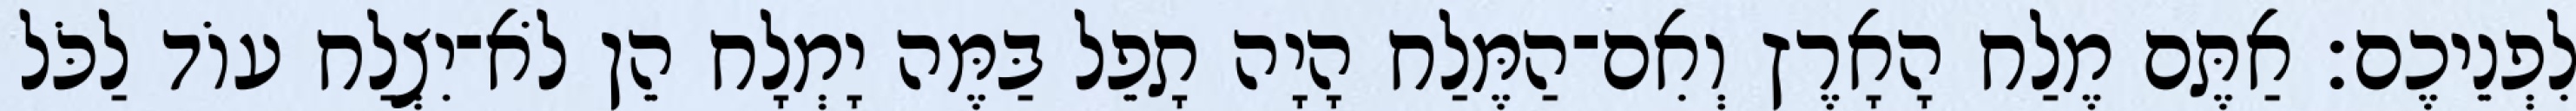
לִפְנֵיכֶם׃ אַתֶּם מֶלַח הָאָרֶץ וְאִם־הַמֶּלַח הָיָה תָפֵל בַּמֶּה יָמְלָח הֵן לֹא־יִצְלַח עוֹד לַכֹּל